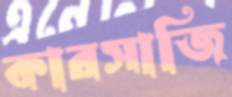
কারসাজি